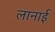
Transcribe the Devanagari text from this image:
लानाई